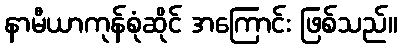
နာမီယာကုန်စုံဆိုင် အကြောင်း ဖြစ်သည်။